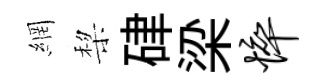
網棃硉梁悴